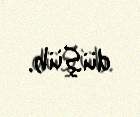
düşüb.